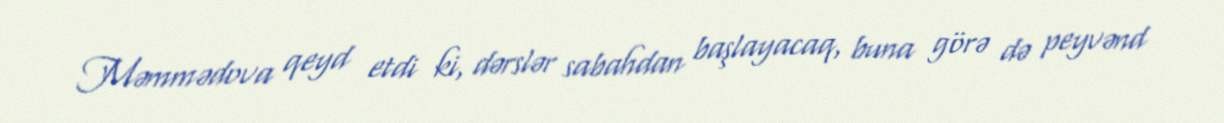
Məmmədova qeyd etdi ki, dərslər sabahdan başlayacaq, buna görə də peyvənd